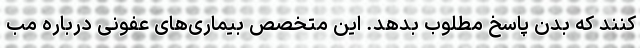
کنند که بدن پاسخ مطلوب بدهد. این متخصص بیماری‌های عفونی درباره مب